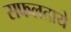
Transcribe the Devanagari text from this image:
सफलताये